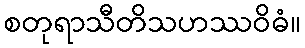
စတုရာသီတိသဟဿဝိဓံ။